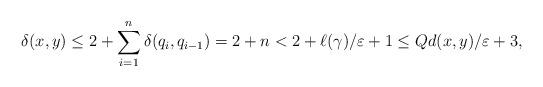
LaTeX: \begin{align*}\delta(x,y) \leq 2+ \sum_{i=1}^n \delta(q_i,q_{i-1}) = 2 + n < 2 + \ell(\gamma)/\varepsilon +1 \leq Qd(x,y)/\varepsilon +3, \end{align*}